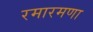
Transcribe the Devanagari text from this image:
रमारमणा